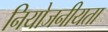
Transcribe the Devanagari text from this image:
नियोजनीयता